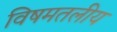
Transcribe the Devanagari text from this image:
विषमतलीय